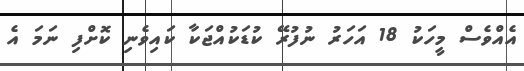
އެއްވެސް މީހަކު 18 އަހަރު ނުފުރޭ ކުޑަކުއްޖަކާ ކައިވެނި ކޮށްފި ނަމަ އެ